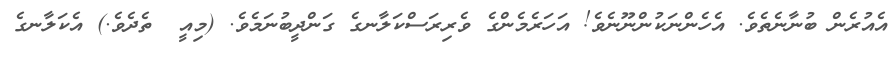
އެއުރެން ބުނާނެތެވެ. އެހެންނަކުންނޫނެވެ! އަހަރެމެންގެ ވެރިރަސްކަލާނގެ ގަންދީބުނަމެވެ. (މިއީ  ތެދެވެ.) އެކަލާނގެ